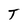
Character: T